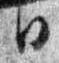
日